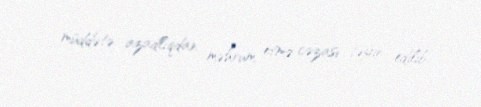
müddətə azadlıqdan məhrum etmə cəzası təyin edilib.